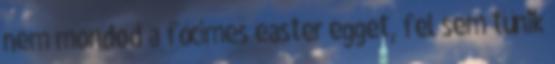
nem mondod a főcímes easter egget, fel sem tűnik